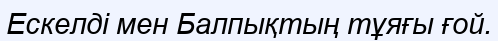
Ескелді мен Балпықтың тұяғы ғой.